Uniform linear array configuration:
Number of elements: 24
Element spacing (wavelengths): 0.5
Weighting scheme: blackman
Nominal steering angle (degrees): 0
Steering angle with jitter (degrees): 1.381
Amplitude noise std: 0.05
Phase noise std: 0.05

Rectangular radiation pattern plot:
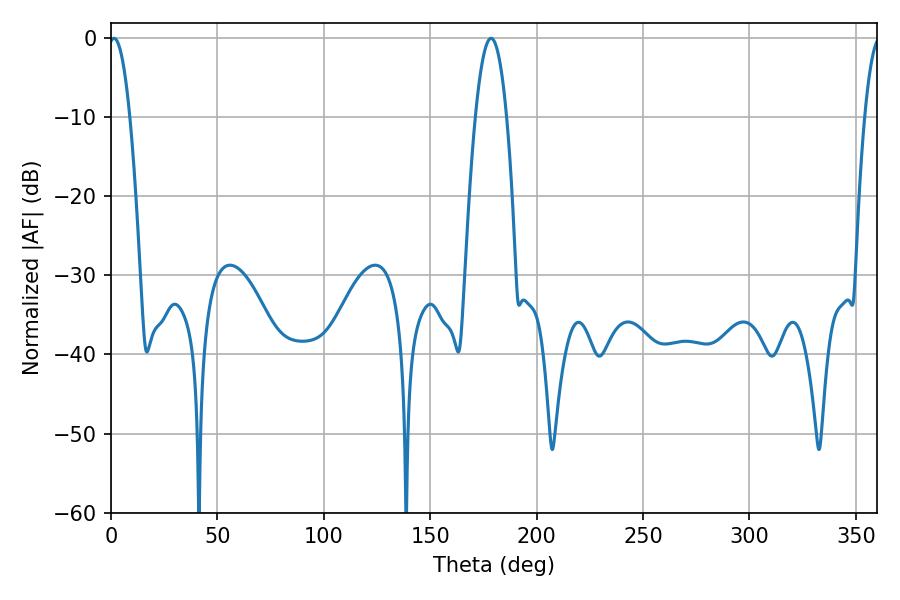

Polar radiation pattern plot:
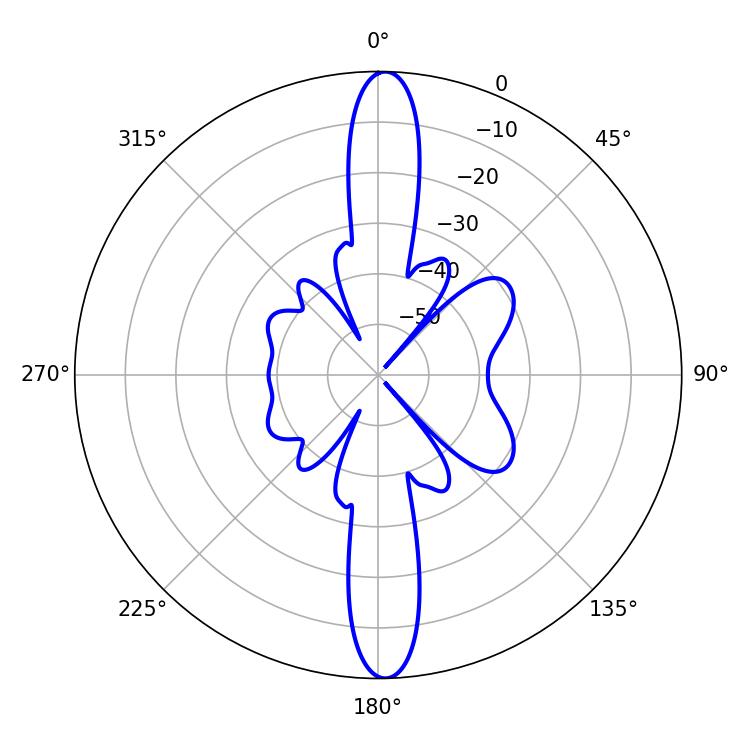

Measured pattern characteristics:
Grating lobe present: FALSE
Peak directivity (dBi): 23.803
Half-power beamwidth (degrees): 7.92
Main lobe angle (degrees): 178.56